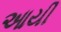
આયી